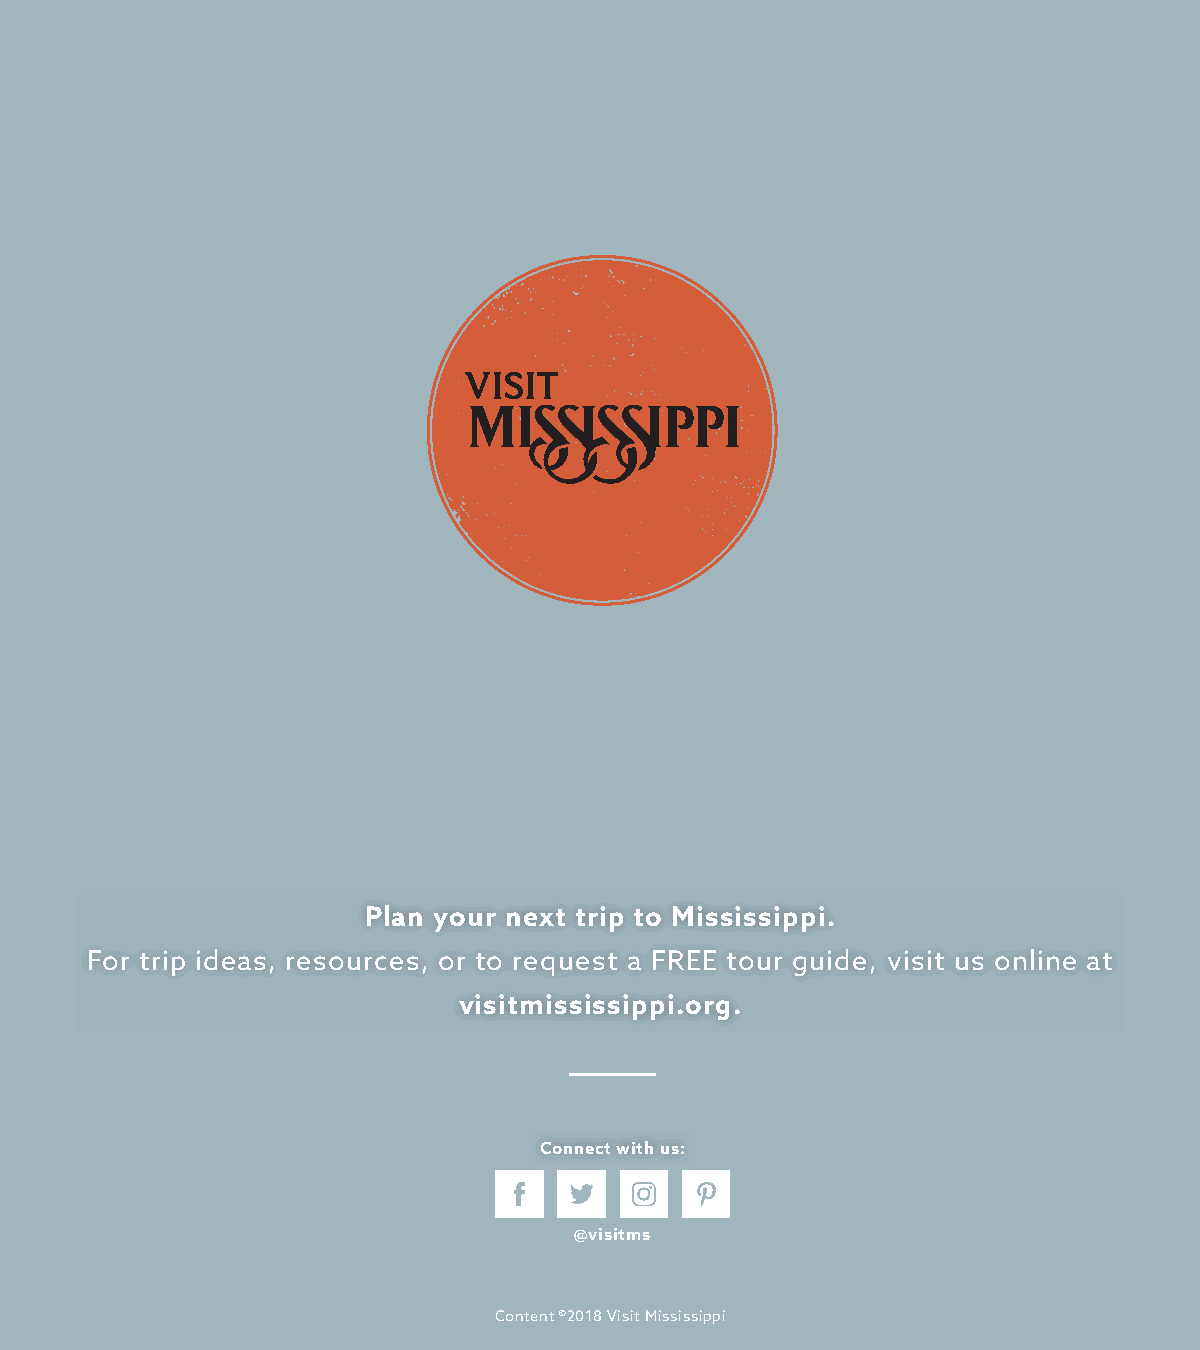
Plan your next trip to Mississippi.
 For trip ideas, resources, or to request a FREE tour guide, visit us online at
 visitmississippi.org.
 Connect with us:
 @visitms
 Content ©2018 Visit Mississippi